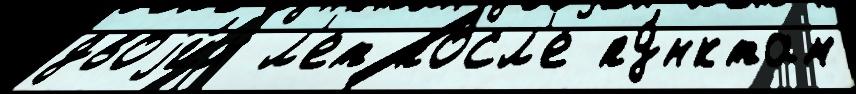
двоjи́х л'ет посл'е пу́нктам